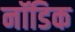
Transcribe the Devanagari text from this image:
नॉडिक